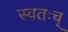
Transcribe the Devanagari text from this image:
स्वतःच्